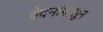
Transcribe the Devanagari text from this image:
वेदनांपासून